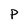
Character: p